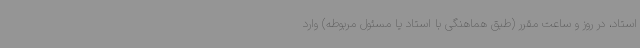
استاد، در روز و ساعت مقرر (طبق هماهنگی با استاد یا مسئول مربوطه) وارد